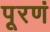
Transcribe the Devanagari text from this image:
पूरणं